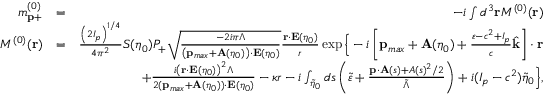
\begin{array} { r l r } { m _ { \mathbf { p } + } ^ { ( 0 ) } } & { = } & { - i \int d ^ { 3 } \mathbf { r } { \cal M } ^ { ( 0 ) } ( \mathbf { r } ) } \\ { { \cal M } ^ { ( 0 ) } ( \mathbf { r } ) } & { = } & { \frac { \left( 2 I _ { p } \right) ^ { 1 / 4 } } { 4 \pi ^ { 2 } } { \cal S } ( \eta _ { 0 } ) { \cal P } _ { + } \sqrt { \frac { - 2 i \pi \Lambda } { \left( \mathbf { p } _ { m a x } + \mathbf { A } ( \eta _ { 0 } ) \right) \cdot \mathbf { E } ( \eta _ { 0 } ) } } \frac { \mathbf { r } \cdot \mathbf { E } ( \eta _ { 0 } ) } { r } \exp \Big \{ - i \left[ \mathbf { p } _ { m a x } + \mathbf { A } ( \eta _ { 0 } ) + \frac { \varepsilon - c ^ { 2 } + I _ { p } } { c } \hat { \mathbf { k } } \right] \cdot \mathbf { r } } \\ & { } & { + \frac { i \left( \mathbf { r } \cdot \mathbf { E } ( \eta _ { 0 } ) \right) ^ { 2 } \Lambda } { 2 ( \mathbf { p } _ { m a x } + \mathbf { A } ( \eta _ { 0 } ) ) \cdot \mathbf { E } ( \eta _ { 0 } ) } - \kappa r - i \int _ { \tilde { \eta } _ { 0 } } d s \left( \tilde { \varepsilon } + \frac { \mathbf { p } \cdot \mathbf { A } ( s ) + A ( s ) ^ { 2 } / 2 } { \tilde { \Lambda } } \right) + i ( I _ { p } - c ^ { 2 } ) \tilde { \eta } _ { 0 } \Big \} , } \end{array}